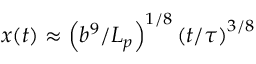
x ( t ) \approx \left( { b ^ { 9 } } / { L _ { p } } \right) ^ { 1 / 8 } \left( t / { \tau } \right) ^ { 3 / 8 }